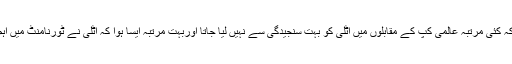
وہ کہتے ہیں کہ کئی مرتبہ عالمی کپ کے مقابلوں میں اٹلی کو بہت سنجیدگی سے نہیں لیا جاتا اوربہت مرتبہ ایسا ہوا کہ اٹلی نے ٹورنامنٹ میں اہم کردار ادا کیا۔